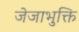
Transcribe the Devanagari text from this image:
जेजाभुक्ति